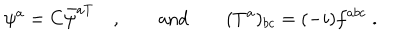
LaTeX: \psi ^ { a } = C \bar { \psi } ^ { a T } \quad , \qquad \mathrm { a n d } \qquad ( T ^ { a } ) _ { b c } = ( - i ) f ^ { a b c } \; .